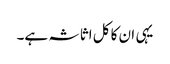
یہی ان کا کل اثاثہ ہے۔